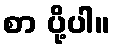
စာ ပို့ပါ။